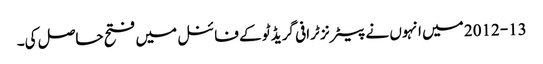
2012-13 میں انہوں نے پیٹرنز ٹرافی گریڈ ٹو کے فائنل میں فتح حاصل کی۔